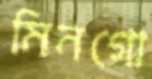
মিনগো